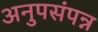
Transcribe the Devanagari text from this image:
अनुपसंपन्न